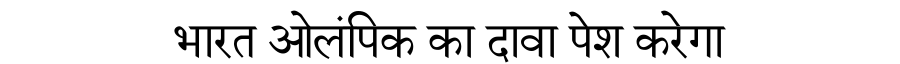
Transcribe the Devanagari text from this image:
भारत ओलंपिक का दावा पेश करेगा